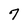
Character: 7